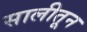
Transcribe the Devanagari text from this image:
सालीतून